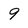
Character: 9